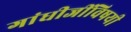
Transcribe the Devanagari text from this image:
गांधीजींविषयी